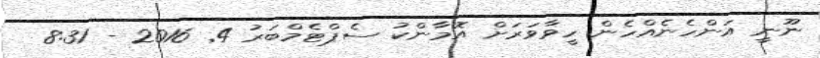
ނޫނީ އަންހެނެއްހެން ހީވާވަރަށް އޮމާންކު ސެޕްޓެމްބަރު 4